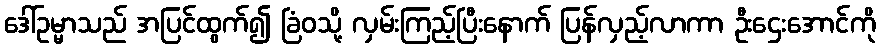
ဒေါ်ဥမ္မာသည် အပြင်ထွက်၍ ခြံဝသို့ လှမ်းကြည့်ပြီးနောက် ပြန်လှည့်လာကာ ဦးဌေးအောင်ကို